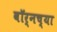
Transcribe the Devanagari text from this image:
वॉर्नच्या